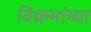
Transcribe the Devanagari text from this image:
विक्रमांच्या